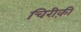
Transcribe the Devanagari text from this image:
चिरीक़ी